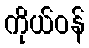
ကိုယ်ဝန်